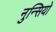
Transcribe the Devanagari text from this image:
नुन्सियो